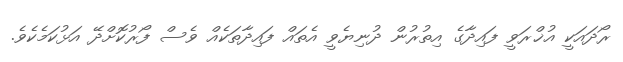
ރޯދައަކީ އުޚްރަވީ ފައިދާގެ އިތުރުން ދުނިޔެވީ އެތައް ފައިދާތަކެއް ވެސް ފޯރުކޮށްދޭ އަޅުކަމެކެވެ.